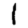
Digit: 1